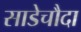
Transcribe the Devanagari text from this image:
साडेचौदा